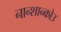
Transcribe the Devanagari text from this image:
नान्शान्कोउ